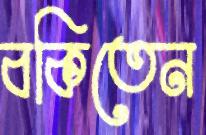
বকিতেন